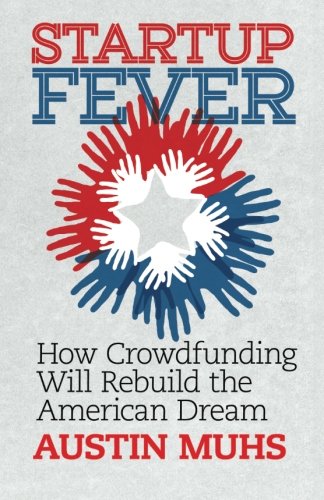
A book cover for Start Up Fever: How Crowdfunding Will Rebuild the American Dream; Austin Lane Muhs; Business & Money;